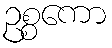
ဥစ္စကော